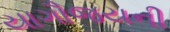
યાગૌજયની